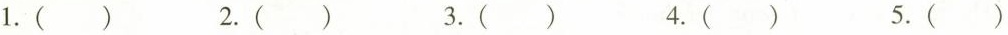
1.( ) 2.( ) 3.( ) 4.( ) 5.( )